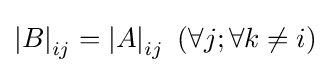
\left|B\right|_{ij}=\left|A\right|_{ij}\,\,(\forall j;\forall k\neq i)